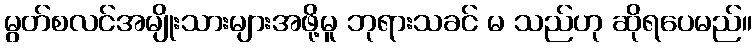
မွတ်စလင်အမျိုးသားများအဖို့မူ ဘုရားသခင် မ သည်ဟု ဆိုရပေမည်။